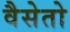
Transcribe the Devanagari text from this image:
वैसेतो